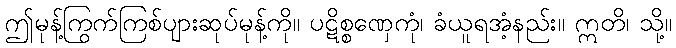
ဤမုန့်ကြွက်ကြစ်ပျားဆုပ်မုန့်ကို။ ပဋိစ္စဏှေကုံ၊ ခံယူရအံ့နည်း။ ဣတိ၊ သို့။